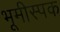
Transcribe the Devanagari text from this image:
भूमीस्पक